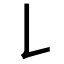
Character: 𠄌